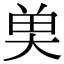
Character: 𮫭